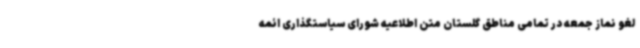
لغو نماز جمعه در تمامی مناطق گلستان متن اطلاعیه شورای سیاستگذاری ائمه